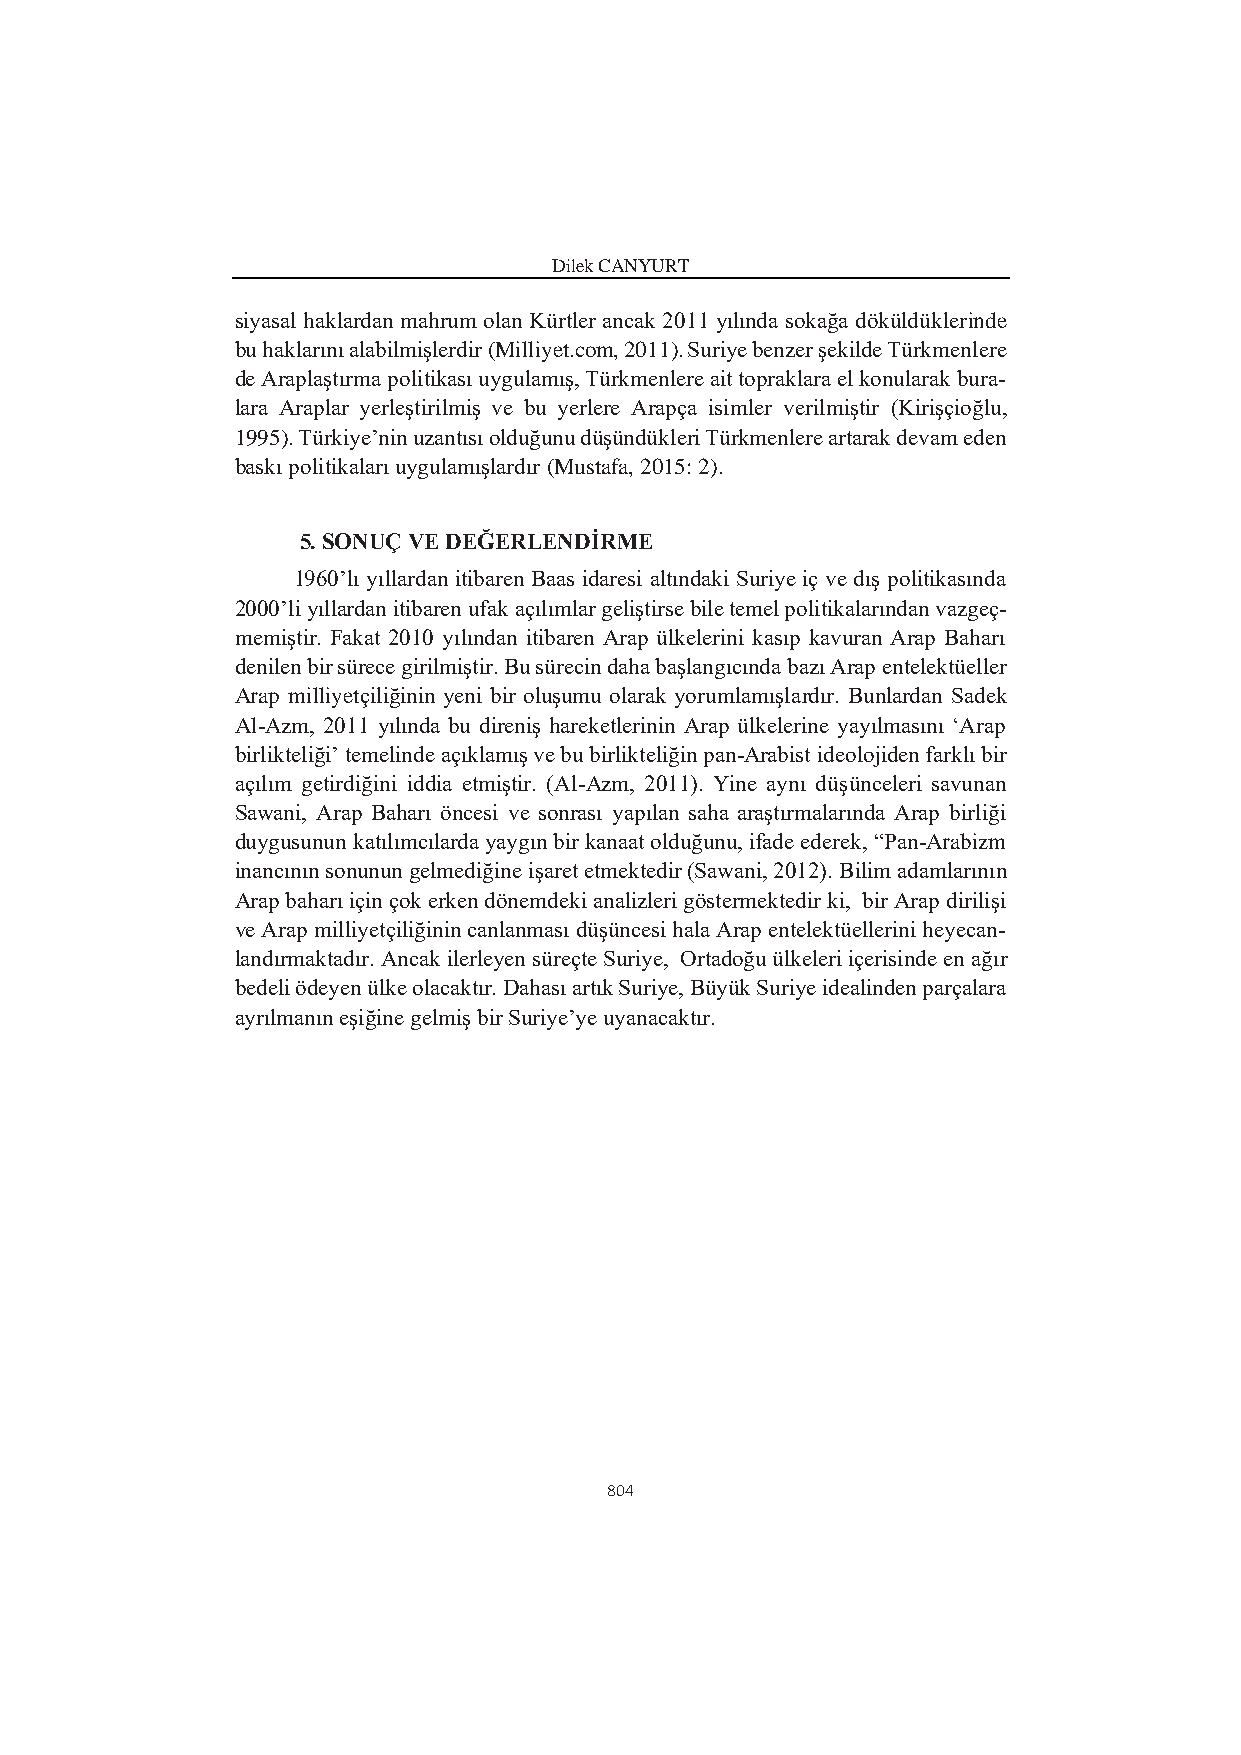
Dilek CANYURT
 siyasal haklardan mahrum olan Kürtler ancak 2011 yılında sokağa döküldüklerinde
 bu haklarını alabilmişlerdir (Milliyet.com, 2011). Suriye benzer şekilde Türkmenlere
 de Araplaştırma politikası uygulamış, Türkmenlere ait topraklara el konularak bura-
 lara Araplar yerleştirilmiş ve bu yerlere Arapça isimler verilmiştir (Kirişçioğlu,
 1995). Türkiye’nin uzantısı olduğunu düşündükleri Türkmenlere artarak devam eden
 baskı politikaları uygulamışlardır (Mustafa, 2015: 2).
 5. SONUÇ VE DEĞERLENDİRME
 1960’lı yıllardan itibaren Baas idaresi altındaki Suriye iç ve dış politikasında
 2000’li yıllardan itibaren ufak açılımlar geliştirse bile temel politikalarından vazgeç-
 memiştir. Fakat 2010 yılından itibaren Arap ülkelerini kasıp kavuran Arap Baharı
 denilen bir sürece girilmiştir. Bu sürecin daha başlangıcında bazı Arap entelektüeller
 Arap milliyetçiliğinin yeni bir oluşumu olarak yorumlamışlardır. Bunlardan Sadek
 Al-Azm, 2011 yılında bu direniş hareketlerinin Arap ülkelerine yayılmasını ‘Arap
 birlikteliği’ temelinde açıklamış ve bu birlikteliğin pan-Arabist ideolojiden farklı bir
 açılım getirdiğini iddia etmiştir. (Al-Azm, 2011). Yine aynı düşünceleri savunan
 Sawani, Arap Baharı öncesi ve sonrası yapılan saha araştırmalarında Arap birliği
 duygusunun katılımcılarda yaygın bir kanaat olduğunu, ifade ederek, “Pan-Arabizm
 inancının sonunun gelmediğine işaret etmektedir (Sawani, 2012). Bilim adamlarının
 Arap baharı için çok erken dönemdeki analizleri göstermektedir ki, bir Arap dirilişi
 ve Arap milliyetçiliğinin canlanması düşüncesi hala Arap entelektüellerini heyecan-
 landırmaktadır. Ancak ilerleyen süreçte Suriye, Ortadoğu ülkeleri içerisinde en ağır
 bedeli ödeyen ülke olacaktır. Dahası artık Suriye, Büyük Suriye idealinden parçalara
 ayrılmanın eşiğine gelmiş bir Suriye’ye uyanacaktır.
 804